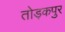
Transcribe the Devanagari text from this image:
तोड़कपुर